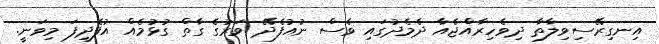
އިނގިރޭސިވިލާތާ ދިވެހިރާއްޖެއާ ދެމެދުގައި ވެސް ނުއުފެދޭ ވަރުގެ ގާތް ގުޅުމެއް އުފެދިފަ މިވަނީ.